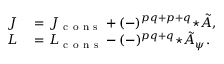
\begin{array} { r l } { J } & { { } = J _ { \mathrm { ~ c ~ o ~ n ~ s ~ } } + ( - ) ^ { p q + p + q } { \star \tilde { A } } , } \\ { L } & { { } = L _ { \mathrm { ~ c ~ o ~ n ~ s ~ } } - ( - ) ^ { p q + q } { \star \tilde { A } _ { \psi } } . } \end{array}